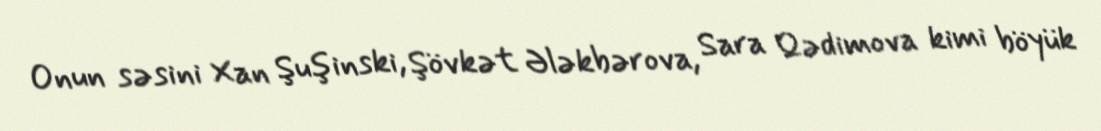
Onun səsini Xan Şuşinski, Şövkət Ələkbərova, Sara Qədimova kimi böyük